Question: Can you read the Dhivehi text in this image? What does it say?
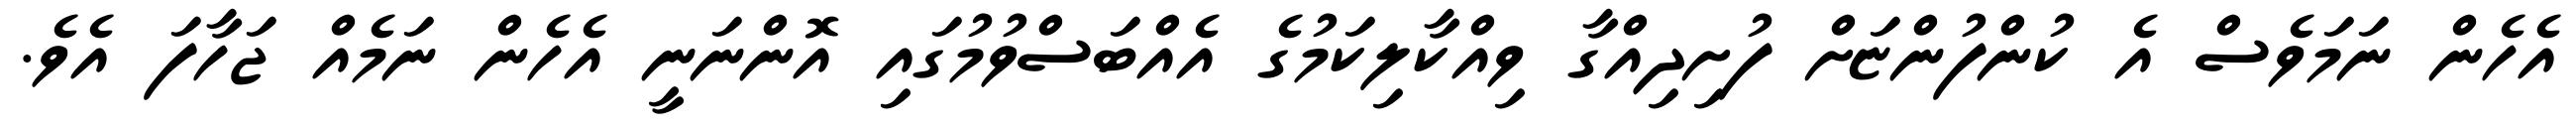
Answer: އެހެން ނަމަވެސް އެ ކުންފުންޏަށް ފުށިދިއްގާ ވިއްކާލިކަމުގެ އެއްބަސްވުމުގައި އޮންނަނީ އެހެން ނަމެއް ޖަހާފަ އެވެ.